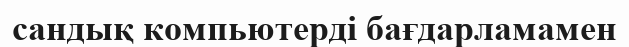
сандық компьютерді бағдарламамен